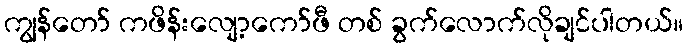
ကျွန်တော် ကဖိန်းလျော့ကော်ဖီ တစ် ခွက်လောက်လိုချင်ပါတယ်။